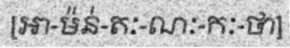
[អា-ម៉ន់-តៈ-ណៈ-កៈ-ថា]